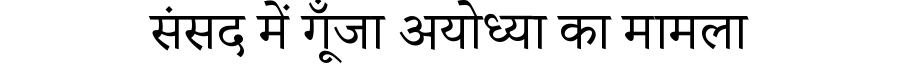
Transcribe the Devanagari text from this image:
संसद में गूँजा अयोध्या का मामला